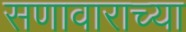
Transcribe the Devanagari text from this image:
सणावाराच्या